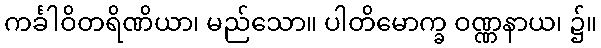
ကင်္ခါဝိတရိဏိယာ၊ မည်သော။ ပါတိမောက္ခ ဝဏ္ဏနာယ၊ ၌။